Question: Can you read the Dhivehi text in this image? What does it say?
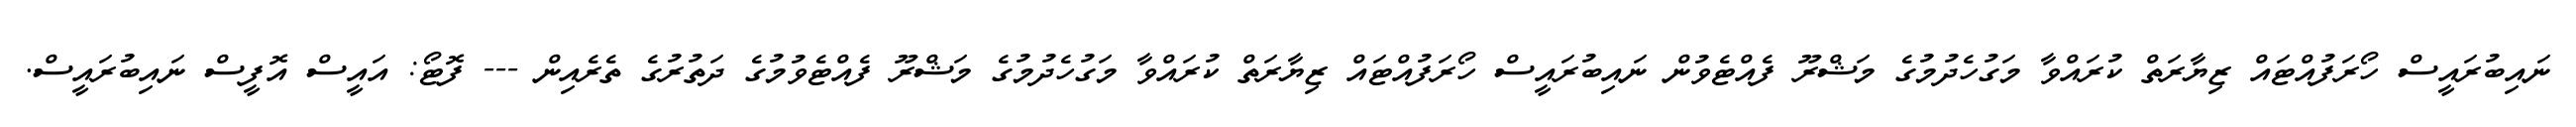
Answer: ނައިބުރައީސް ހޯރަފުއްޓައް ޒިޔާރަތް ކުރައްވާ މަގުހެދުމުގެ މަޝްރޫ ފެއްޓެވުން ނައިބުރައީސް ހޯރަފުއްޓައް ޒިޔާރަތް ކުރައްވާ މަގުހެދުމުގެ މަޝްރޫ ފެއްޓެވުމުގެ ދަތުރުގެ ތެރެއިން --- ފޮޓޯ: އައީސް އޮފީސް ނައިބުރައީސް.